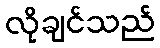
လိုချင်သည်